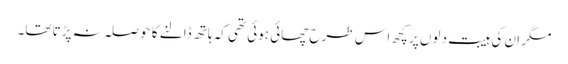
مگر ان کی ہیبت دلوں پر کچھ اس طرح چھائی ہوئی تھی کہ ہاتھ ڈالنے کا حوصلہ نہ پڑتا تھا۔